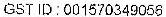
GST ID : 001570349056